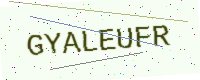
Text: GYALEUFR